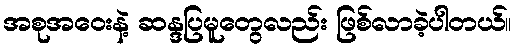
အစုအဝေးနဲ့ ဆန္ဒပြမူတွေလည်း ဖြစ်လာခဲ့ပါတယ်။